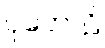
ပုတောဠိ